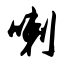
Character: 喇